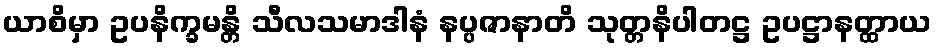
ယာစိမှာ ဥပနိက္ခမန္တိ သီလသမာဒါနံ နပ္ပဇာနာတိ သုတ္တနိပါတဋ္ဌ ဥပဋ္ဌာနတ္ထာယ